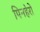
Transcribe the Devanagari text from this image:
पिनहेरो